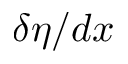
\delta \eta / d x